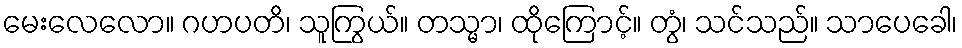
မေးလေလော။ ဂဟပတိ၊ သူကြွယ်။ တသ္မာ၊ ထိုကြောင့်။ တွံ၊ သင်သည်။ သာပေခေါ၊